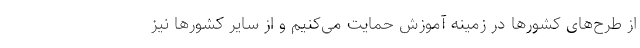
از طرح‌های کشورها در زمینه آموزش حمایت می‌کنیم و از سایر کشورها نیز